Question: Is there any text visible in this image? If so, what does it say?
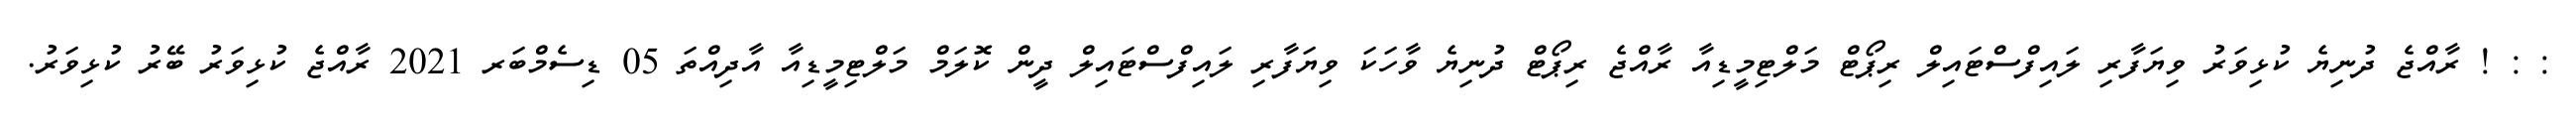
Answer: : : ! ރާއްޖެ ދުނިޔެ ކުޅިވަރު ވިޔަފާރި ލައިފްސްޓައިލް ރިޕޯޓް މަލްޓިމީޑިއާ ރާއްޖެ ރިޕޯޓް ދުނިޔެ ވާހަކަ ވިޔަފާރި ލައިފްސްޓައިލް ދީން ކޮލަމް މަލްޓިމީޑިއާ އާދިއްތަ 05 ޑިސެމްބަރ 2021 ރާއްޖެ ކުޅިވަރު ބޭރު ކުޅިވަރު.